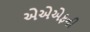
એએએફની